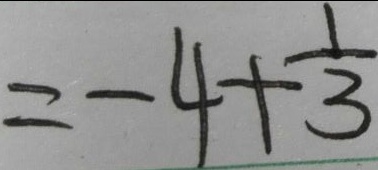
= - 4 + \frac { 1 } { 3 }